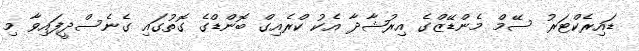
ޑައިރެކްޓަރު ސޭމް މެންޑޭޒްގެ އިރުޝާދާ އެކު ކްރެއިގް ބޮންޑްގެ ގޮތުގައި ގެނެސްދީފައިވާ މި